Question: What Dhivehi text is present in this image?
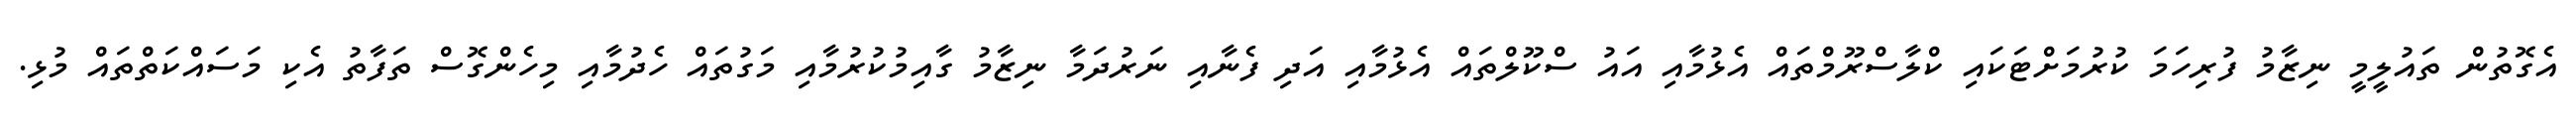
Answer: އެގޮތުން ތައުލީމީ ނިޒާމު ފުރިހަމަ ކުރުމަށްޓަކައި ކްލާސްރޫމްތައް އެޅުމާއި އައު ސްކޫލްތައް އެޅުމާއި އަދި ފެނާއި ނަރުދަމާ ނިޒާމު ގާއިމުކުރުމާއި މަގުތައް ހެދުމާއި މިހެންގޮސް ތަފާތު އެކި މަސައްކަތްތައް މުޅި.